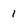
Character: 1